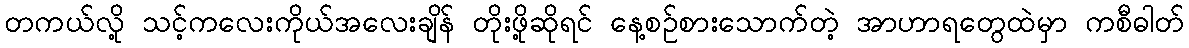
တကယ်လို့ သင့်ကလေးကိုယ်အလေးချိန် တိုးဖို့ဆိုရင် နေ့စဉ်စားသောက်တဲ့ အာဟာရတွေထဲမှာ ကစီဓါတ်